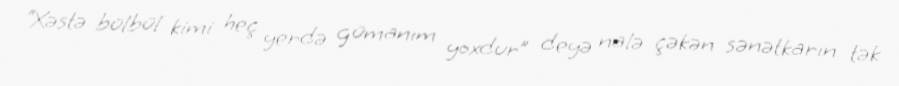
“Xəstə bülbül kimi heç yerdə gümanım yoxdur” deyə nalə çəkən sənətkarın tək